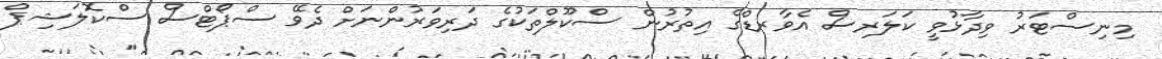
މިނިސްޓަރު ވިދާޅުވީ ކަލަރސް އެވާރޑްގެ އިތުރުން ސްކޫލްތަކުގެ ދަރިވަރުންނަށް ދެވޭ ސްޕޯޓްސް ސްކޮލަޝިޕް